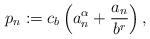
LaTeX: \begin{align*} p_n := c_b \left( a_n^\alpha + \frac{a_n}{b^r}\right), \end{align*}